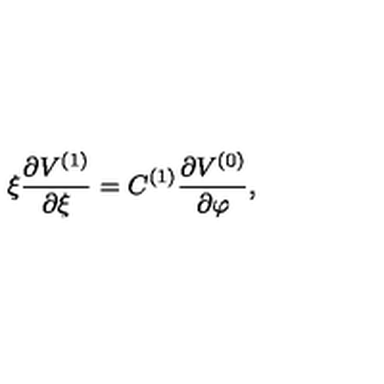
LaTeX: \xi \frac { \partial V ^ { ( 1 ) } } { \partial \xi } = C ^ { ( 1 ) } \frac { \partial V ^ { ( 0 ) } } { \partial \varphi } ,